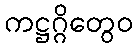
ကဋ္ဌဂ္ဂိတွေဝ